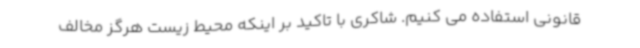
قانونی استفاده می کنیم. شاکری با تاکید بر اینکه محیط زیست هرگز مخالف